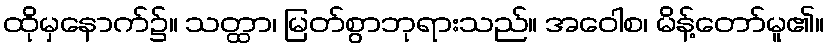
ထိုမှနောက်၌။ သတ္ထာ၊ မြတ်စွာဘုရားသည်။ အဝေါစ၊ မိန့်တော်မူ၏။